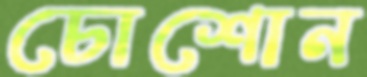
চোশোন